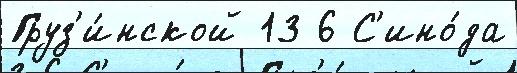
Груз'и́нской 13 6 С'ино́да